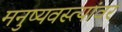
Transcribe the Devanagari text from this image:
मनुष्यवस्त्यांवर